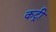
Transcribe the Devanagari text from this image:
कट्री